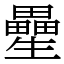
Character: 㽮